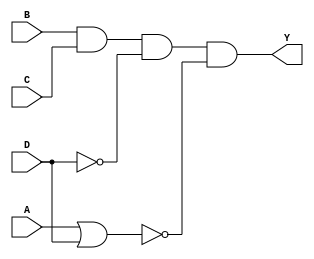
module comb_str(output Y,input A,B,C,D);
wire w1,w2,w3,w4,w5;
nor u0(w1,D);
or u1(w2,A,D);
and u3(w4,B,C,w1);
nor u4(w5,w2);
and(Y,w4,w5);
endmodule